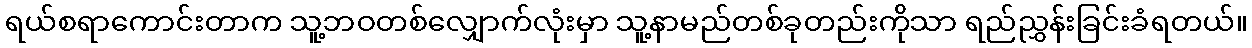
ရယ်စရာကောင်းတာက သူ့ဘဝတစ်လျှောက်လုံးမှာ သူ့နာမည်တစ်ခုတည်းကိုသာ ရည်ညွှန်းခြင်းခံရတယ်။